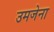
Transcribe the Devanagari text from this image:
उमजेना